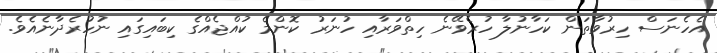
އެހެނަސް ހިރުވާތަން ކަހާނުލާ ހުރެވޭނެ ހިތްވަރާއި ހުނަރު ކޮންމެ ކުއްޖެއްގެ ކިބައިގައި ނުހުރެދާނެއެވެ.